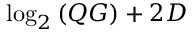
\log _ { 2 } { ( Q G ) } + 2 D